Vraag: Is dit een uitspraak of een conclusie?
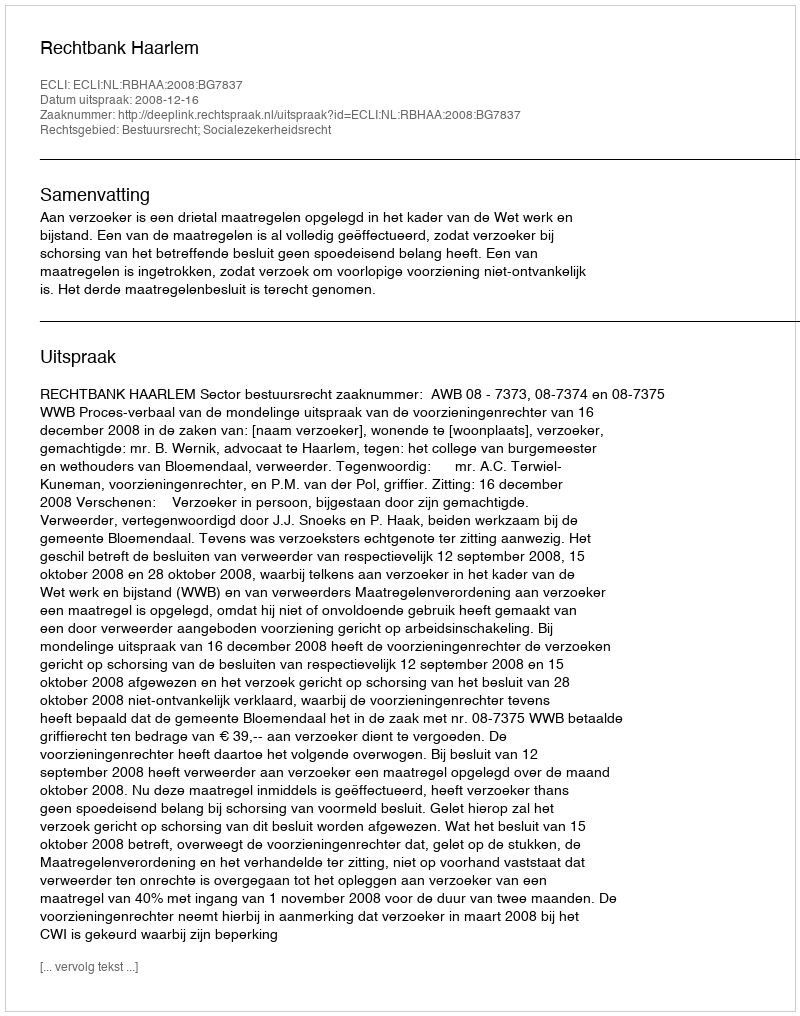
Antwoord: Uitspraak